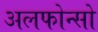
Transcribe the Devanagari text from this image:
अलफोन्सो